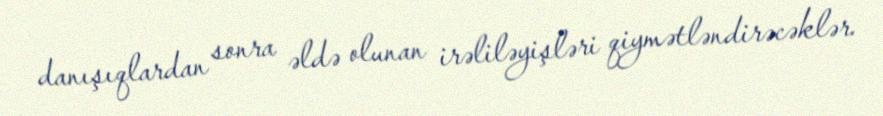
danışıqlardan sonra əldə olunan irəliləyişləri qiymətləndirəcəklər.